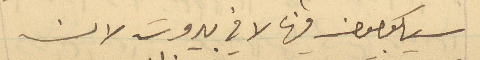
سيكونون فيها لا في بيروت لان